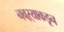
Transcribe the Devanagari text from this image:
नवऱ्याकडून